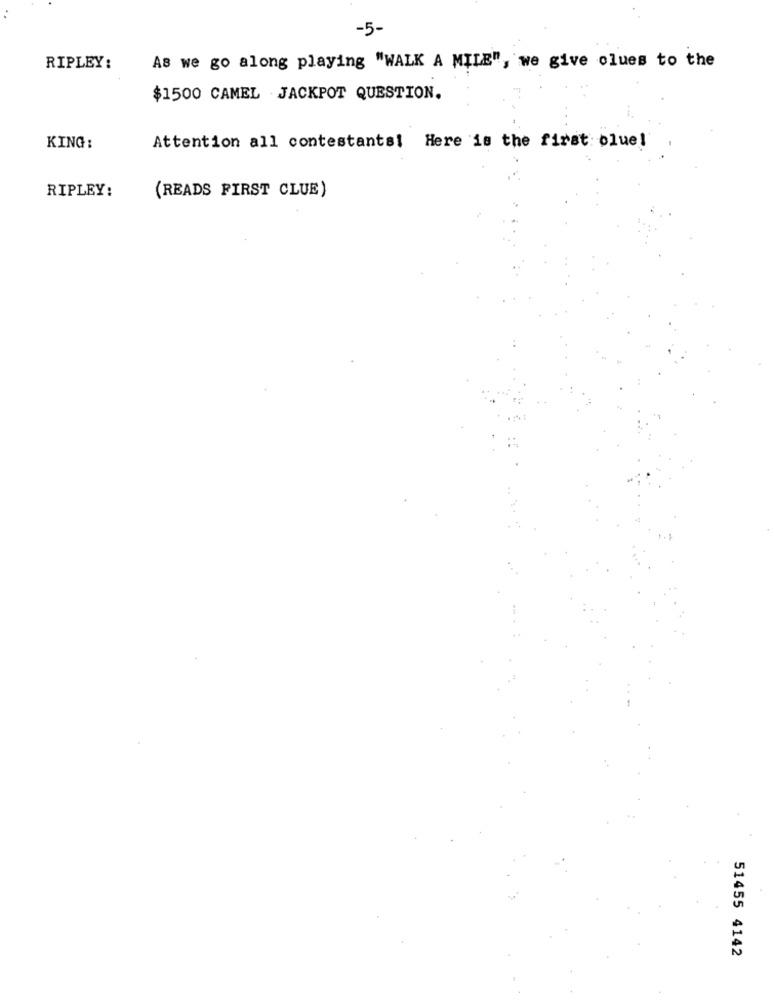
-5-
As we go along playing "WALK A MILE", we give clues to the
RIPLEY:
$1500 CAMEL JACKPOT QUESTION.
KING:
Attention all contestants! Here is the first blue!
RIPLEY:
(READS FIRST CLUE)
51455 4142